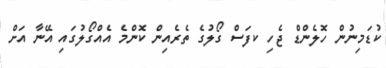
ކުޑަމިނުން ހޮލެންޑް ޖެހި ކފަސް ގޯލުގެ ތެރެއިން ކޮންމެ އެއްގޯލުގައި އޭނާ އަށް